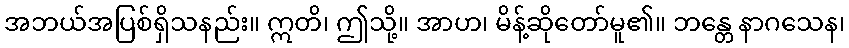
အဘယ်အပြစ်ရှိသနည်း။ ဣတိ၊ ဤသို့။ အာဟ၊ မိန့်ဆိုတော်မူ၏။ ဘန္တေ နာဂသေန၊